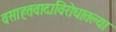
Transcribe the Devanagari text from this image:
वसाहतवादाविरोधातल्या